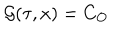
{ \cal G } ( \tau , x ) = C _ { \cal { O } }